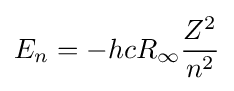
E_{n}=-hcR_{\infty }{\frac {Z^{2}}{n^{2}}}